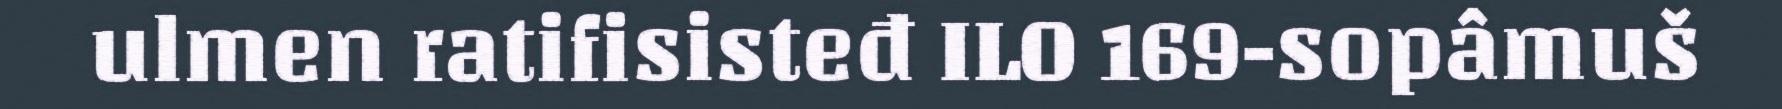
ulmen ratifisisteđ ILO 169-sopâmuš